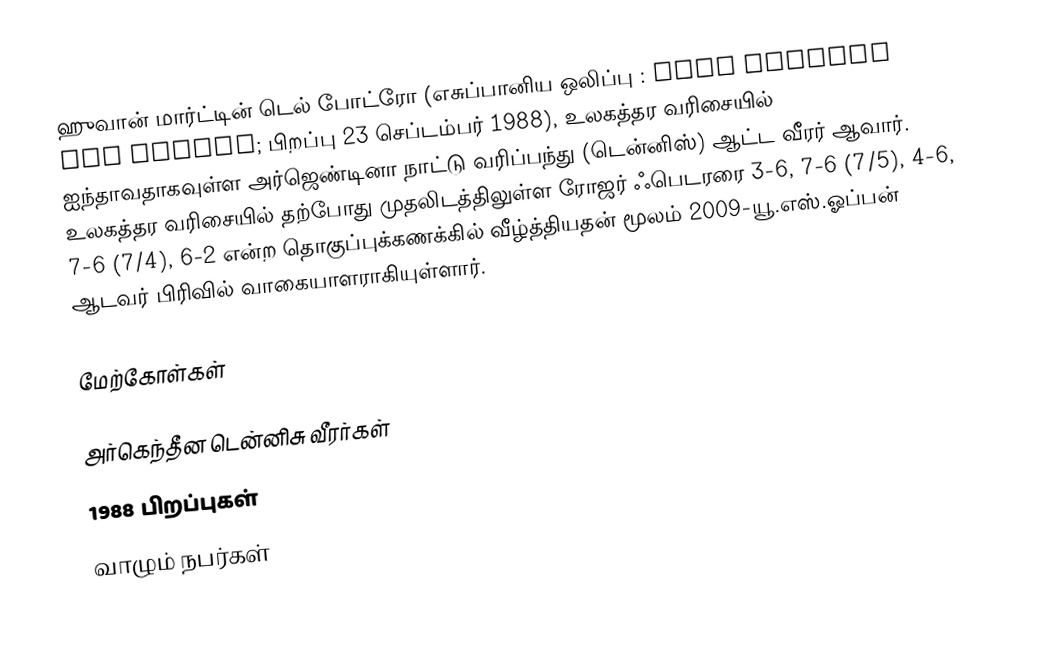
ஹுவான் மார்ட்டின் டெல் போட்ரோ (எசுப்பானிய ஒலிப்பு : xwan marˈtin del ˈpotɾo; பிறப்பு 23 செப்டம்பர் 1988), உலகத்தர வரிசையில் ஐந்தாவதாகவுள்ள அர்ஜெண்டினா நாட்டு வரிப்பந்து (டென்னிஸ்) ஆட்ட வீரர் ஆவார். உலகத்தர வரிசையில் தற்போது முதலிடத்திலுள்ள ரோஜர் ஃபெடரரை 3-6, 7-6 (7/5), 4-6, 7-6 (7/4), 6-2 என்ற தொகுப்புக்கணக்கில் வீழ்த்தியதன் மூலம் 2009-யூ.எஸ்.ஓப்பன் ஆடவர் பிரிவில் வாகையாளராகியுள்ளார்.

மேற்கோள்கள்

அர்கெந்தீன டென்னிசு வீரர்கள்
1988 பிறப்புகள்
வாழும் நபர்கள்